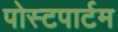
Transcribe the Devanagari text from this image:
पोस्‍टपार्टम